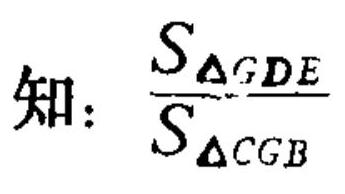
知：$\frac{S_{\triangle GDE}}{S_{\triangle CGB}}$